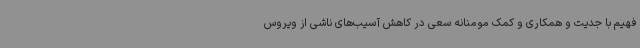
فهیم با جدیت و همکاری و کمک مومنانه سعی در کاهش آسیب‌های ناشی از ویروس